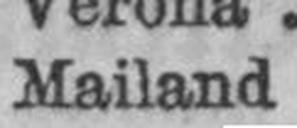
Mailand